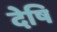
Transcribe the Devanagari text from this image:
देषि